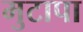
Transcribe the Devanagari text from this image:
मुटापा